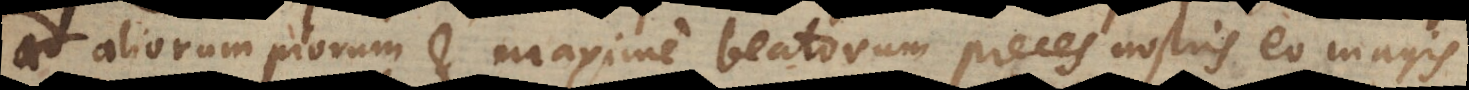
aliorum piorum et maxime beatorum preces nostris eo magis